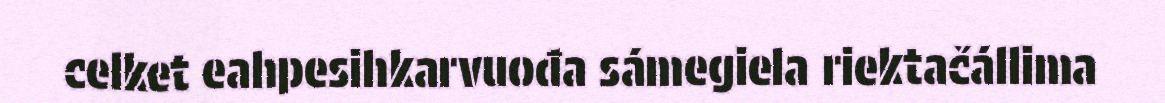
celket eahpesihkarvuođa sámegiela riektačállima